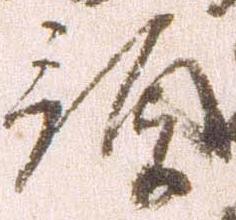
預